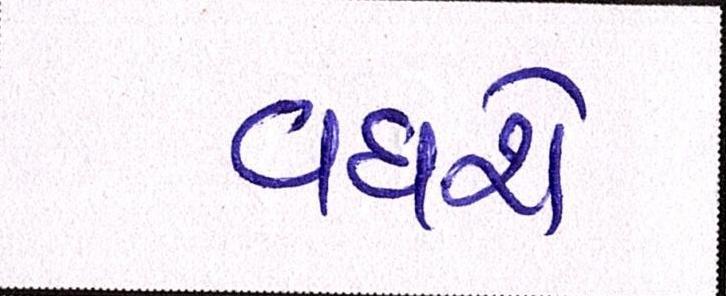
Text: વધશે